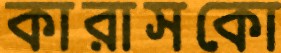
কারাসকো